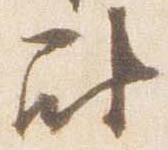
尉